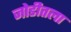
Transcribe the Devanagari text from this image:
जोडीतला